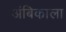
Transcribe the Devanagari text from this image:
अंबिकाला